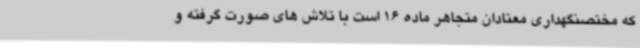
که مختصنگهداری معتادان متجاهر ماده 16 است با تلاش های صورت گرفته و